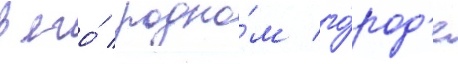
в его́ родно́м го́род'е